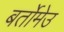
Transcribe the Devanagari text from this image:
बर्तोमेउ